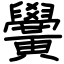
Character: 黌